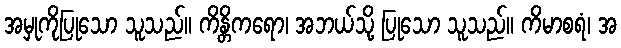
အမှုကိုပြုသော သူသည်။ ကိန္တိကရော၊ အဘယ်သို့ ပြုသော သူသည်။ ကိမာစရံ၊ အ